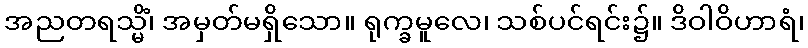
အညတရသ္မိံ၊ အမှတ်မရှိသော။ ရုက္ခမူလေ၊ သစ်ပင်ရင်း၌။ ဒိဝါဝိဟာရံ၊